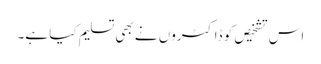
اس تشخیص کو ڈاکٹروں نے بھی تسلیم کیا ہے۔